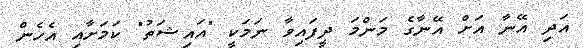
އަދި އޭނާ އަށް އޭނާގެ މަންމަ ދީފައިވާ ނަމަކީ "އައިޝަތު" ކަމަށާއި އެހެން